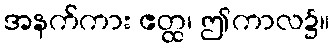
အနက်ကား ဧတ္ထ၊ ဤကာလ၌။